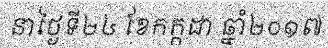
នាថ្ងៃទី២៤ ខែកក្កដា ឆ្នាំ២០១៧